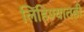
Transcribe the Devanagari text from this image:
लिहिण्यातही